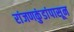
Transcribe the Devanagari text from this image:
रांजणकुंडांपासून